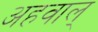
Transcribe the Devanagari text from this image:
अहवाल्